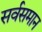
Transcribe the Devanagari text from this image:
सर्वसमान